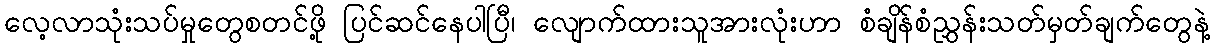
လေ့လာသုံးသပ်မှုတွေစတင်ဖို့ ပြင်ဆင်နေပါပြီ၊ လျောက်ထားသူအားလုံးဟာ စံချိန်စံညွှန်းသတ်မှတ်ချက်တွေနဲ့